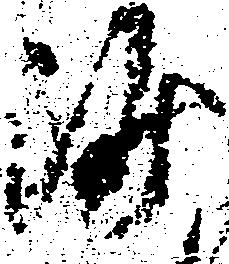
沙